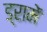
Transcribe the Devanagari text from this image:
ड्रामें